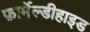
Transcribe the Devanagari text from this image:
फ़ार्मेल्डीहाइड